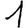
Digit: 1